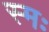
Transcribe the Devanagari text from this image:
स्मः